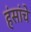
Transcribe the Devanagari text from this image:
हंसांचे